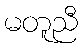
မတူညီ